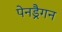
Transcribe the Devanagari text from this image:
पेनड्रैगन